Scottish Certificate of Education, 1962
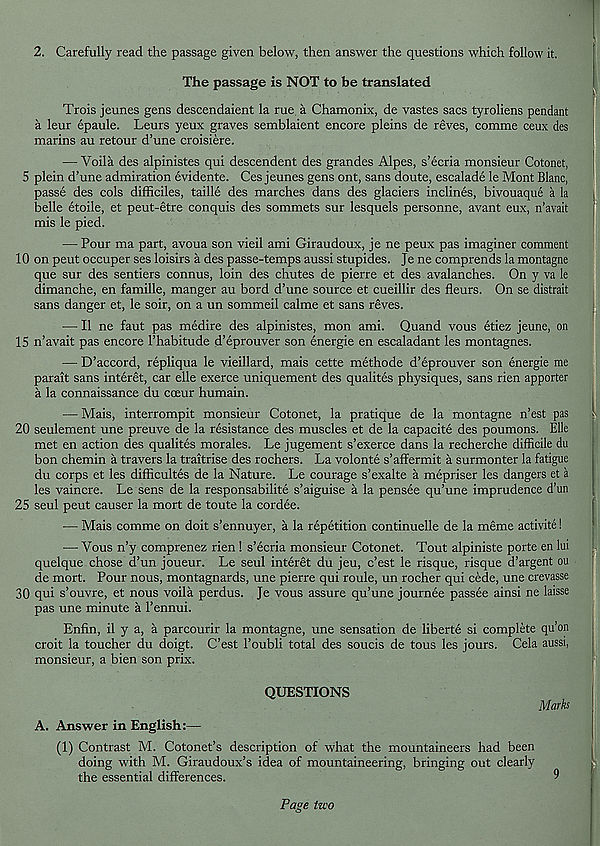
2. Carefully read the passage given below, then answer the questions which follow it.
The passage is NOT to be translated
Trois jeunes gens descendaient la rue a Chamonix, de vastes sacs tyroliens pendant
a leur epaule. Leurs yeux graves semblaient encore pleins de reves, comme ceux des
marins au retour d’une croisiere.
-— Voila des alpinistes qui descendent des grandes Alpes, s’ecria monsieur Cotonet,
5 plein d’une admiration evidente. Ces jeunes gens ont, sans doute, escalade le Mont Blanc,
passe des cols difficiles, taille des marches dans des glaciers inclines, bivouaque a la
belle etoile, et peut-etre conquis des sommets sur lesquels personne, avant eux, n’avait
mis le pied.
— Pour ma part, avoua son vieil ami Giraudoux, je ne peux pas imaginer comment
10 on pent occuper ses loisirs a des passe-temps aussi stupides. Je ne comprends la montagne
que sur des sentiers connus, loin des chutes de pierre et des avalanches. On y va le
dimanche, en famille, manger au bord d’une source et cueillir des fleurs. On se distrait
sans danger et, le soir, on a un sommeil calme et sans reves.
•— II ne faut pas medire des alpinistes, mon ami. Quand vous etiez jeune, on
15 n’avait pas encore 1’habitude d’eprouver son energie en escaladant les montagnes.
— D’accord, repliqua le vieillard, mais cette methode d’eprouver son energie me
parait sans interet, car elle exerce uniquement des qualites physiques, sans rien apporter
a la connaissance du coeur humain.
— Mais, interrompit monsieur Cotonet, la pratique de la montagne n’est pas
20 seulement une preuve de la resistance des muscles et de la capacite des poumons. Elle
met en action des qualites morales. Le jugement s’exerce dans la recherche difficile du
bon chemin a travers la traitrise des rochers. La volonte s’affermit a surmonter la fatigue
du corps et les difficultes de la Nature. Le courage s’exalte a mepriser les dangers et a
les vaincre. Le sens de la responsabilite s’aiguise a la pensee qu’une imprudence d’un
25 seul peut causer la mort de toute la cordee.
— Mais comme on doit s’ennuyer, a la repetition continuelle de la meme activite!
— Vous n’y comprenez rien ! s’ecria monsieur Cotonet. Tout alpiniste porte en lui
quelque chose d’un joueur. Le seul interet du jeu, c’est le risque, risque d’argent ou
de mort. Pour nous, montagnards, une pierre qui roule, un rocher qui cede, une crevasse
30 qui s’ouvre, et nous voila perdus. Je vous assure qu’une journee passee ainsi ne laisse
pas une minute a 1’ennui.
Enfin, il y a, a parcourir la montagne, une sensation de liberte si complete qu’on
croit la toucher du doigt. C’est 1’oubli total des soucis de tous les jours. Cela aussi,
monsieur, a bien son prix.
QUESTIONS
Marks
A. Answer in English:—
(1) Contrast M. Cotonet’s description of what the mountaineers had been
doing with M. Giraudoux’s idea of mountaineering, bringing out clearly
the essential differences.